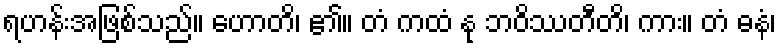
ရဟန်းအဖြစ်သည်။ ဟောတိ၊ ၏။ တံ ကထံ နု ဘဝိဿတီတိ၊ ကား။ တံ ဓနံ၊